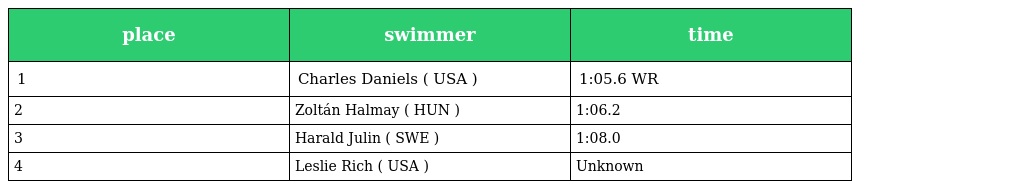
| place | swimmer | time |
 | --- | --- | --- |
 | 1 | Charles Daniels ( USA ) | 1:05.6 WR |
 | 2 | Zoltán Halmay ( HUN ) | 1:06.2 |
 | 3 | Harald Julin ( SWE ) | 1:08.0 |
 | 4 | Leslie Rich ( USA ) | Unknown |